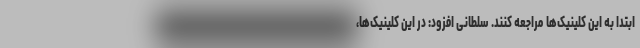
ابتدا به این کلینیک‌ها مراجعه کنند. سلطانی افزود: در این کلینیک‌ها،